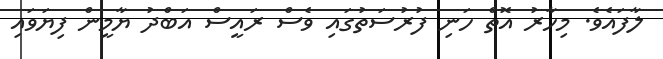
ލާފައެވެ. މިހާރު އޮތް ހަނި ފުރުސަތުގައި ވެސް ރައީސް އަބްދު ޔާމީން ފިޔަވައި